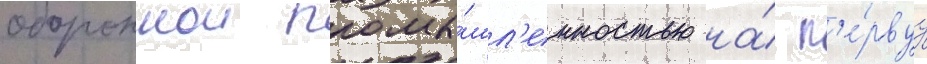
обороннои промы́шл'енностью на́ п'е́рвуу